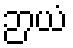
ဉာယံ